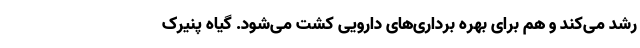
رشد می‌کند و هم برای بهره برداری‌های دارویی کشت می‌شود. گیاه پنیرک